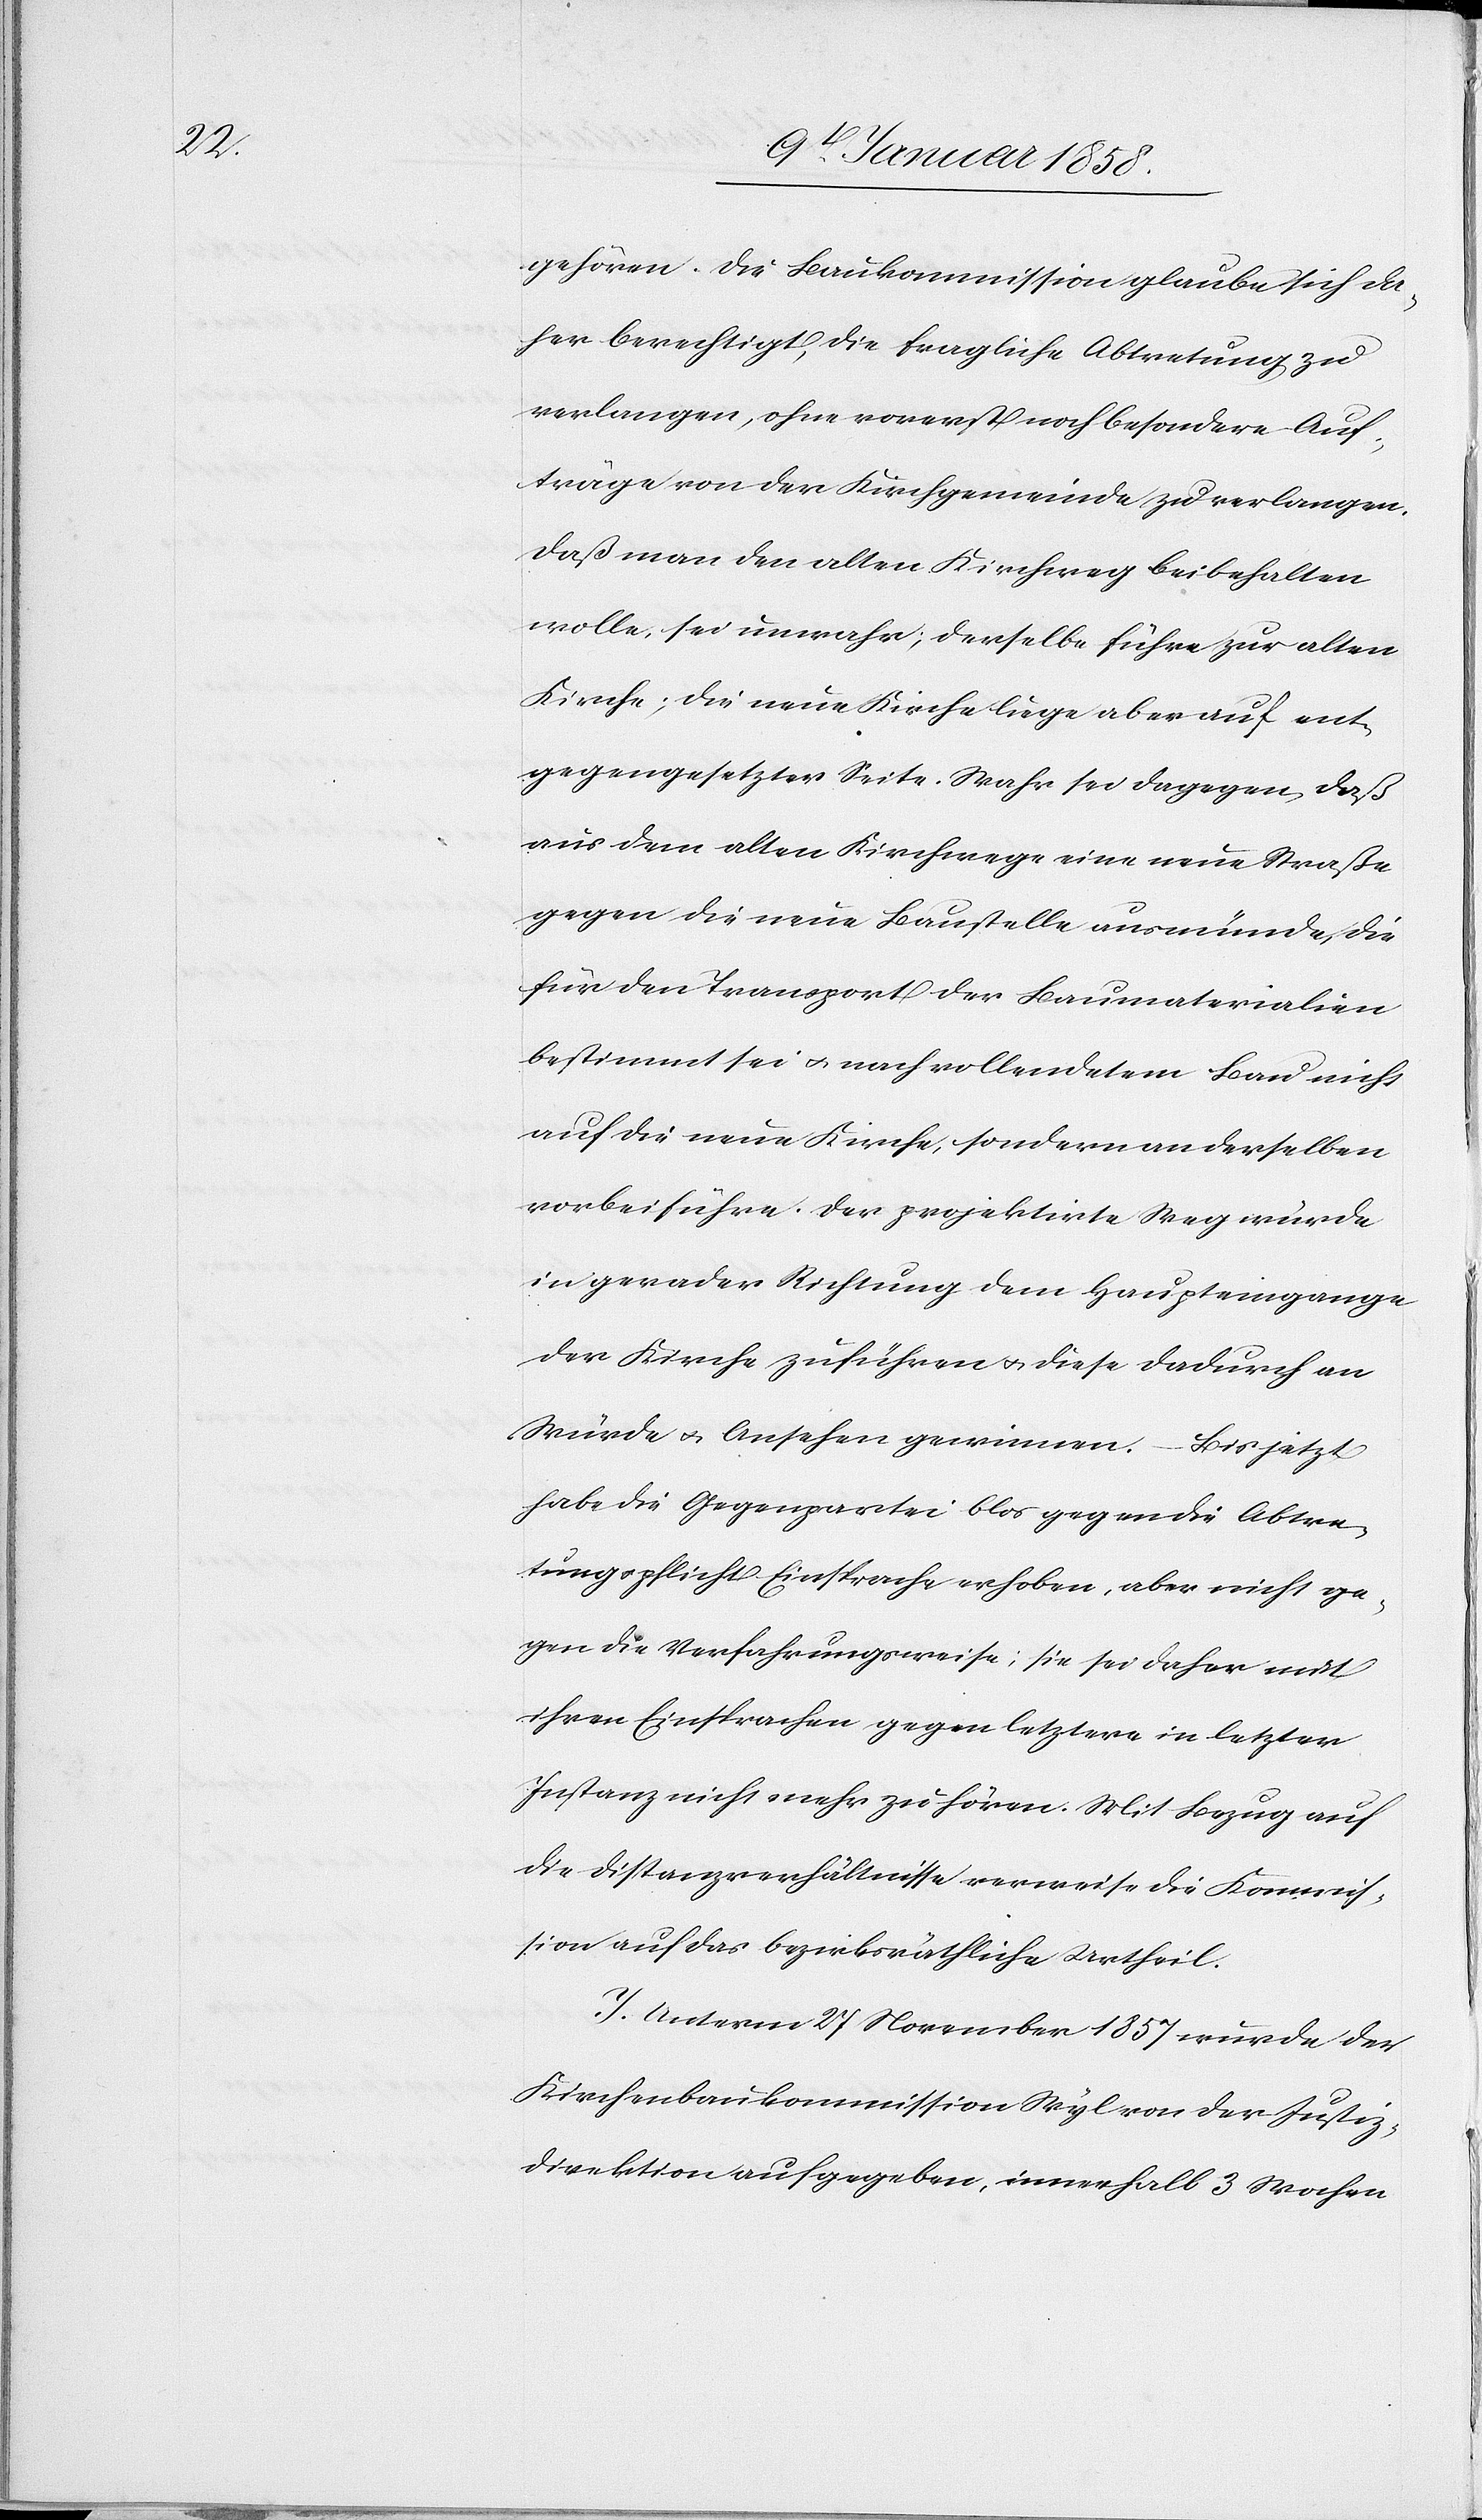
gehören. Die Baukommission glaube sich da¬
her berechtigt, die fragliche Abtretung zu
verlangen, ohne vorerst noch besondere Auf¬
träge von der Kirchgemeinde zu verlangen.
Daß man den alten Kirchweg beibehalten
wolle, sei unwahr; derselbe führe zur alten
Kirche; die neue Kirche liege aber auf ent¬
gegengesetzter Seite. Wahr sei dagegen, daß
aus dem alten Kirchwege eine neue Straße
gegen die neue Baustelle ausmünde, die
für den Transport der Baumaterialien
bestimmt sei u. nach vollendetem Bau nicht
auf die neue Kirche, sondern an derselben
vorbei führe. Der projektirte Weg würde
in gerader Richtung dem Haupteingange
der Kirche zuführen u. diese dadurch an
Würde u. Ansehen gewinnen. – Bis jetzt
habe die Gegenpartei blos gegen die Abtre¬
tungspflicht Einsprache erhoben, aber nicht ge¬
gen die Verfahrungsweise; sie sei daher mit
ihren Einsprachen gegen letztere in letzter
Instanz nicht mehr zu hören. Mit Bezug auf
die Distanzverhältnisse verweise die Kommis¬
sion auf das bezirksräthliche Urtheil.
I. Unterm 27 November 1857 wurde der
Kirchenbaukommission Wyl von der Justiz¬
direktion aufgegeben, innerhalb 3 Wochen